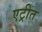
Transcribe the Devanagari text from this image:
एट्रीत